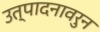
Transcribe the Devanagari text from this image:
उत्पादनावरुन